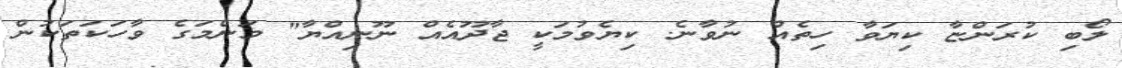
ލޯބި ކުރަންޏާ ކިޔަވާ ހިތެއް ނުވާނެ. ކިޔެވުމަކީ ޖާދޫއެއް ނޫނިއްޔާ" މަންމަގެ ވާހަކަތަކުން